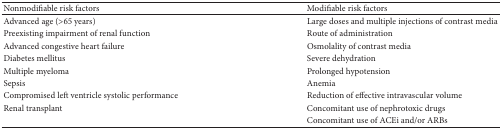
<table><thead><tr><td><b>Nonmodifiable risk factors</b></td><td><b>Modifiable risk factors</b></td></tr></thead><tbody><tr><td>Advanced age (&gt;65 years)</td><td>Large doses and multiple injections of contrast media</td></tr><tr><td>Preexisting impairment of renal function</td><td>Route of administration</td></tr><tr><td>Advanced congestive heart failure</td><td>Osmolality of contrast media</td></tr><tr><td>Diabetes mellitus</td><td>Severe dehydration</td></tr><tr><td>Multiple myeloma</td><td>Prolonged hypotension</td></tr><tr><td>Sepsis</td><td>Anemia</td></tr><tr><td>Compromised left ventricle systolic performance</td><td>Reduction of effective intravascular volume</td></tr><tr><td>Renal transplant</td><td>Concomitant use of nephrotoxic drugs</td></tr><tr><td> </td><td>Concomitant use of ACEi and/or ARBs</td></tr></tbody></table>